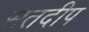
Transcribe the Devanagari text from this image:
सतदीप